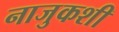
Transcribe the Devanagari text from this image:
नाजुकशी